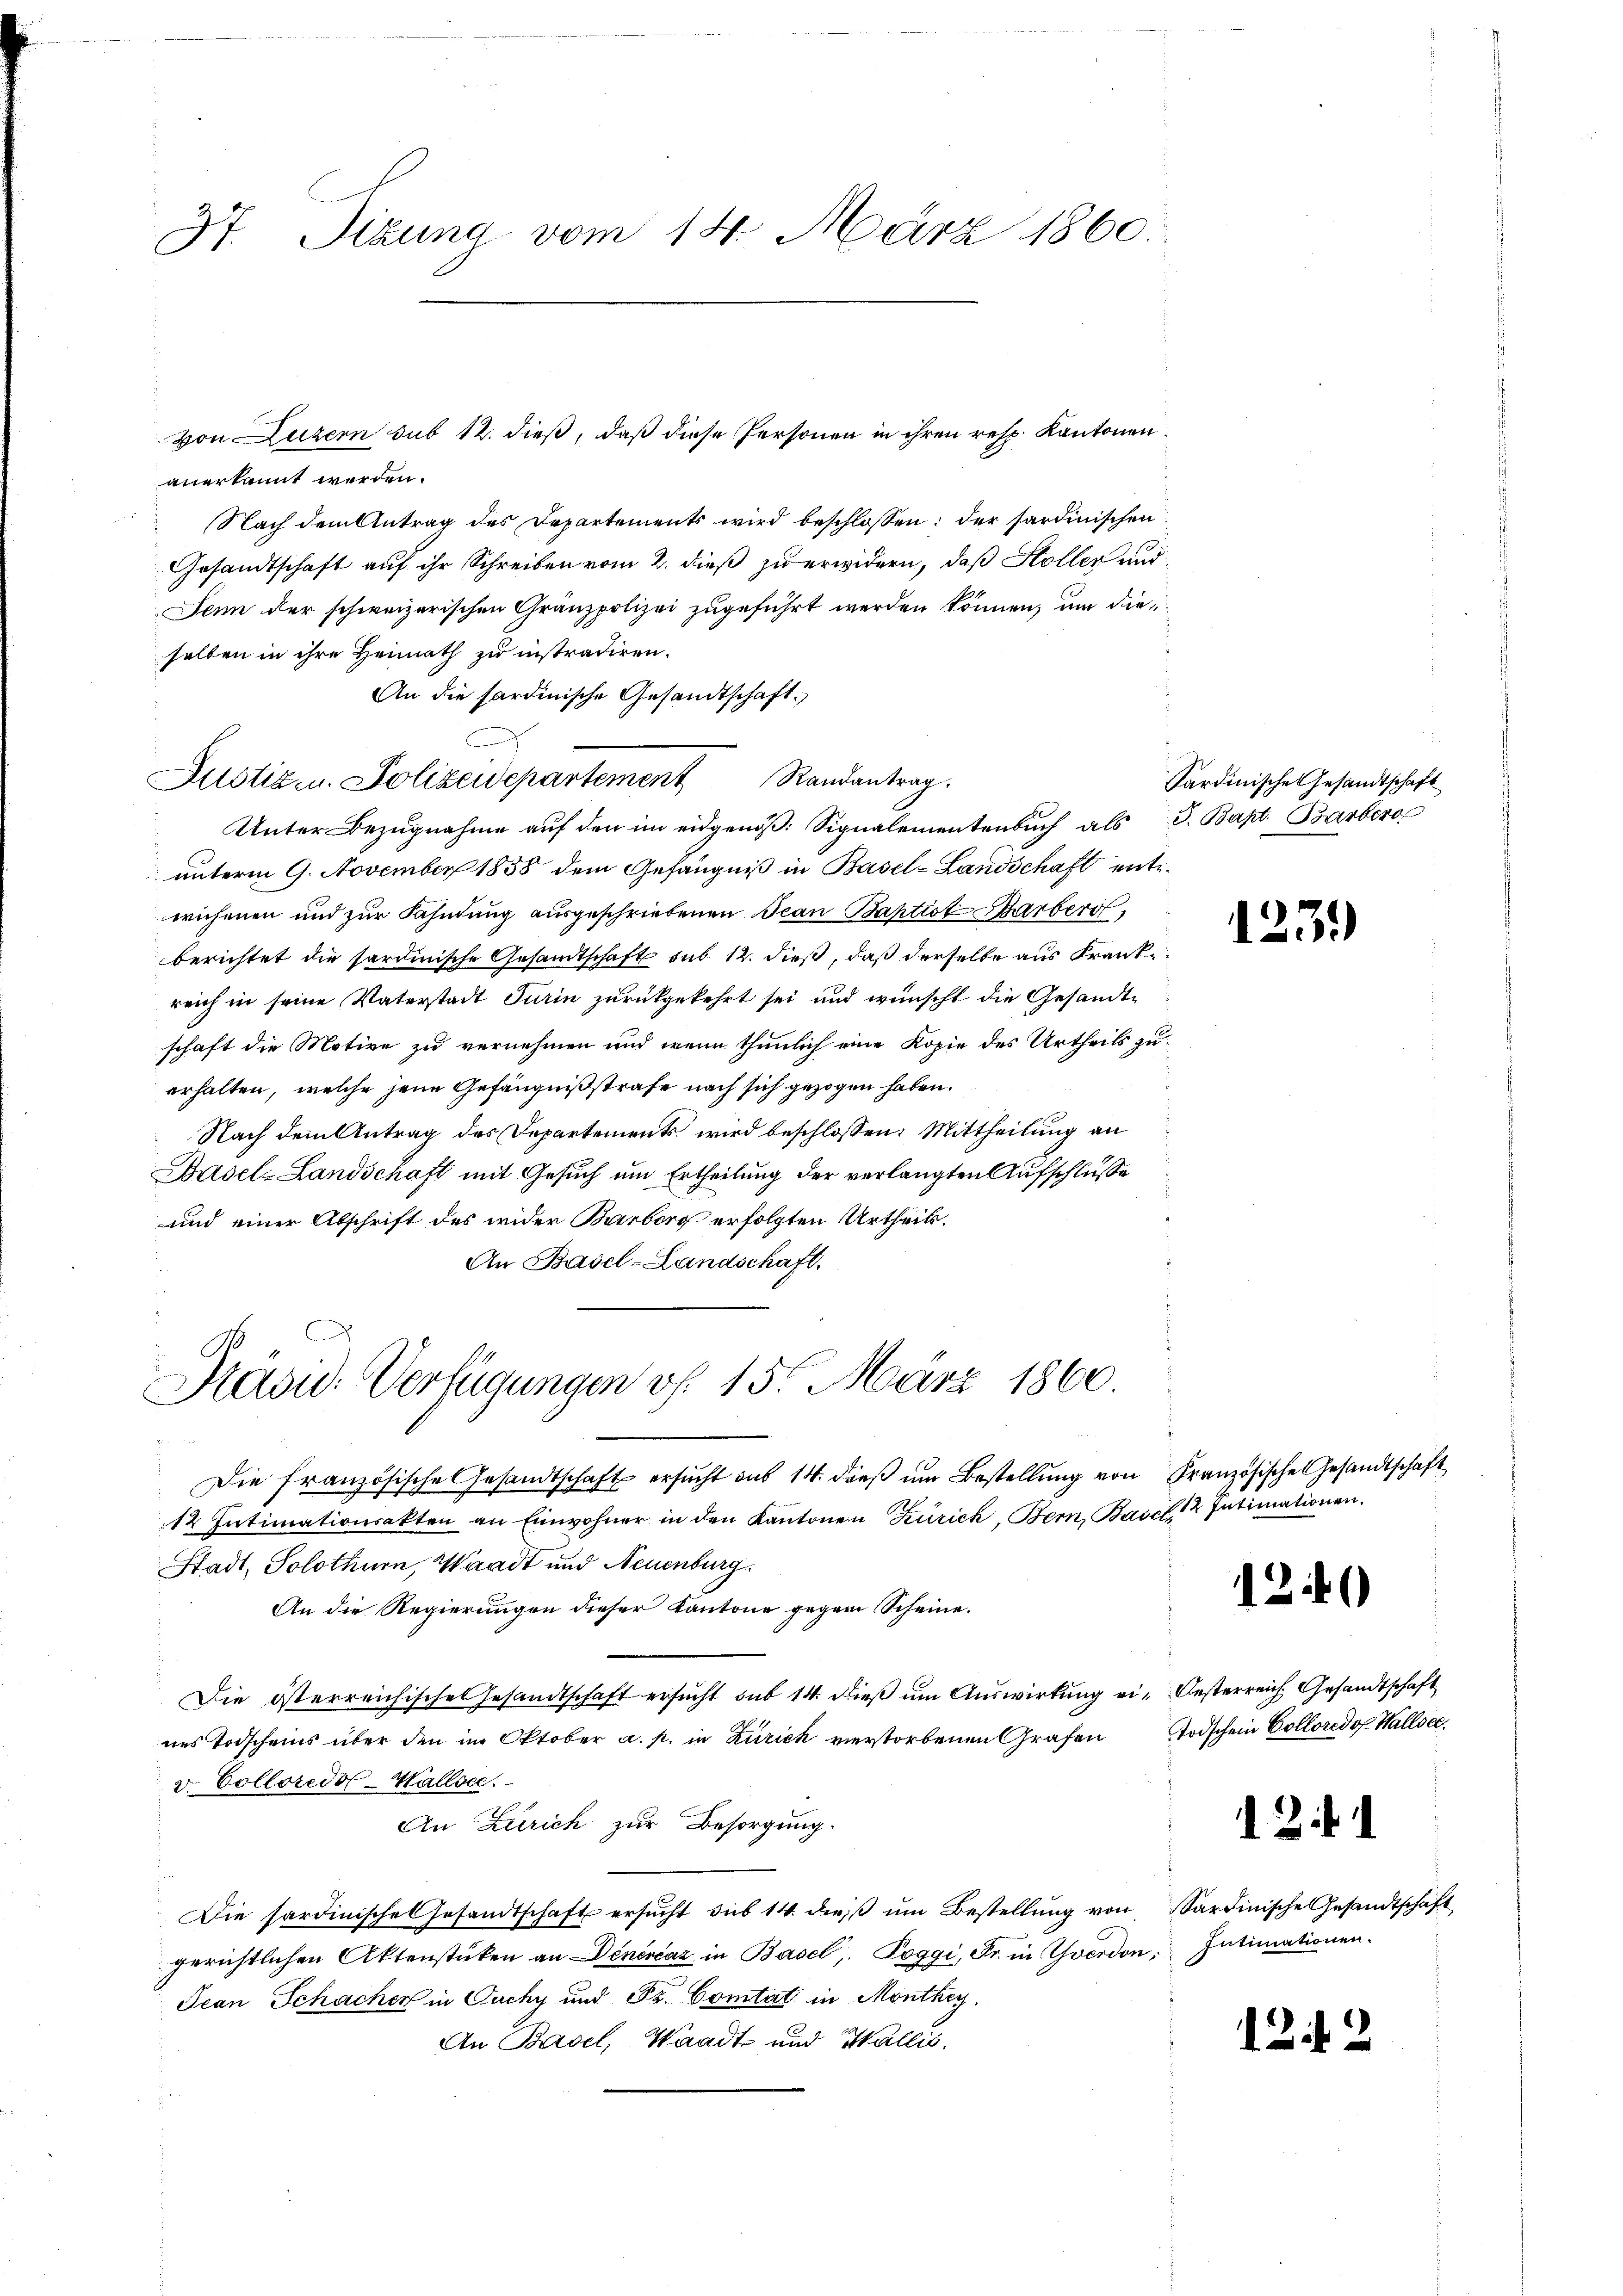
37. Sizung vom 14. März 1860.

anerkannt werden.
 Nach dem Antrag des Departements wird beschlossen: der sardinischen
Gesandtschaft auf ihr Schreiben vom 2. dieß zu erwidern, daß Holler und
Senn der schweizerischen Gränzpolizei zugeführt werden können, um die
selben in ihre Heimath zu instradiren.
An die Sardinische Gesandtschaft.
Unter Bezugnahme auf den im eidgenöß: Signalementenbuch als J. Bapt. Barbera
unterm 9. November 1858 dem Gefängniß in Basel-Landschaft entwichenen und zur Fahndung ausgeschriebenen Jean Baptist Barber,
berichtet die sardinische Gesandtschaft sub 12. dieß, daß derselbe aus Krankreich in seine Vaterstadt Turin zurückgekehrt sei und wünscht die Gesandtschaft die Motive zu vernehmen und wenn thunlich eine Kopie des Urtheils zuerhalten, welche jene Gefängnißstrafe nach sich gezogen haben.
Nach dem Antrag des Departements wird beschlossen: Mittheilung an
Basel-Landschaft mit Gesuch um Ertheilung der verlangten Aufschlusse
und einer Abschrift des wider Barborg erfolgten Urtheils.
An Basel-Landschaft.

von Luzern sub 12. dieß, daß diese Personen in ihren resp. Kantonen

Justiz- u. Polizeidepartement Randantrag.

Präsid. Verfügungen v. 15. März 1860.

Die französische Gesandtschaft ersucht aus 14. dieß um Bestellung von Französische Gesandtschaft
12 Intimationsakten an Einwohner in den Kantonen Zürich, Bern, Basel 2 Intimationen.
Stadt, Solothurn, Waadt und Neuenburg.
An die Regierungen dieser Kantone gegen Scheine.
Die österreichisches Gesandtschaft ersŭcht sub 14. dieβ ŭm Aŭswirkŭng ei-Oesterreich Gesandtschaft
nes Todscheins über den im Oktober a. p. in Zürich verstorbenen Grafen Todschein Colloredo Hallse
v. Colloredol-Hallsee.
An Zürich zur Besorgung.
Die Sardinische Gesandtschaft ersŭcht sub 14 dieβ ŭm Bestellŭng von Sardinische Gesandtschaft
gerichtlichen Aktenstüken an Dinérčaz in Basel, Poggi, Fr. in Yverdon, Intimationen.
Jean Schacher in Ouchy und Fr. Comitat in Monthey
An Basel, Waadt und Wallis.

Sardinische Gesandtschaft

123.)

12

13